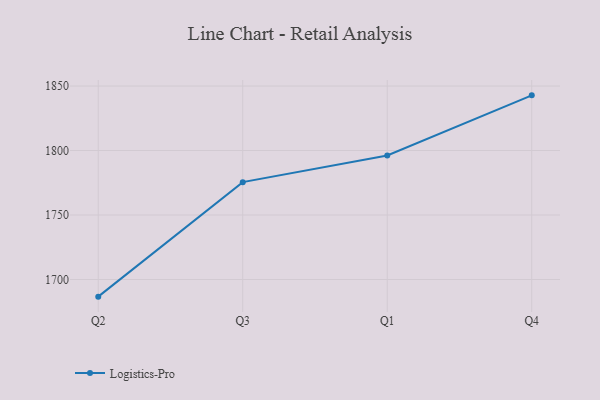
{"axis": {"x": "Quarter", "y": "Temperature (°C)"}, "legend": ["Logistics-Pro"], "data": [{"x": "Q2", "y": 1686.7, "type": "Logistics-Pro"}, {"x": "Q3", "y": 1775.5, "type": "Logistics-Pro"}, {"x": "Q1", "y": 1796.2, "type": "Logistics-Pro"}, {"x": "Q4", "y": 1842.8, "type": "Logistics-Pro"}]}